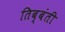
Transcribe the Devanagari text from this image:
तिब्बंती